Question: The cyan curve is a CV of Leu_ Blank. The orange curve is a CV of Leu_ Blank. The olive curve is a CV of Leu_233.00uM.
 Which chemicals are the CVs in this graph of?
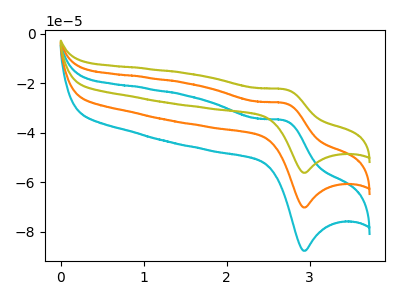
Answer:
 <answer>The cyan curve is labeled "Leu_ Blank". The orange curve is labeled "Leu_ Blank". The olive curve is labeled "Leu_233.00uM".</answer>
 <eval></eval>